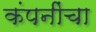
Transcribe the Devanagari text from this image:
कंपनींचा